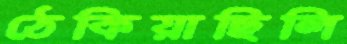
ঠেকিয়াছিলি